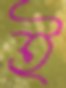
ই